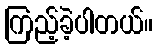
ကြည့်ခဲ့ပါတယ်။